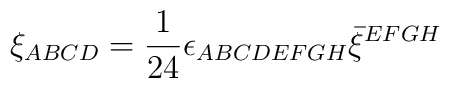
\xi_{ABCD} = {1 \over 24} \epsilon_{ABCDEFGH} \bar \xi^{EFGH}